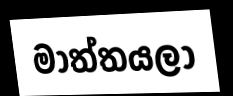
මාත්තයලා